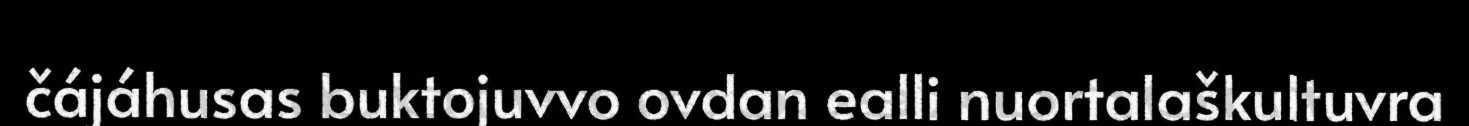
čájáhusas buktojuvvo ovdan ealli nuortalaškultuvra